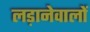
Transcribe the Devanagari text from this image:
लड़ानेवालों